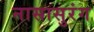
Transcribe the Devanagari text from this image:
नासासुरंग